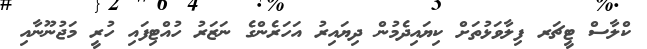
ކްލާސް ޓީޗަރ ފިލާވަޅުތަށް ކިޔައިދެމުން ދިޔައިރު އަހަރެންގެ ނަޒަރު ހުއްޓިފައި ހުރީ މަޖުނޫނާއި